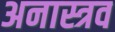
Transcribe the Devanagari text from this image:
अनास्त्रव